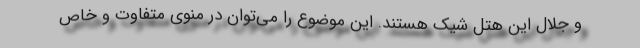
و جلال این هتل شیک هستند. این موضوع را می‌توان در منوی متفاوت و خاص